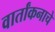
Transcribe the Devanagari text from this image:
वार्तांकनाचे